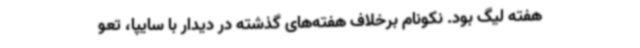
هفته لیگ بود. نکونام برخلاف هفته‌های گذشته در دیدار با سایپا، تعو